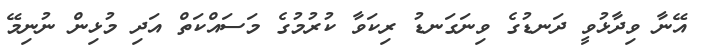
އޭނާ ވިދާޅުވީ ދަނޑުގެ ވިނަގަނޑު ރިކަވާ ކުރުމުގެ މަސައްކަތް އަދި މުޅިން ނުނިމޭ